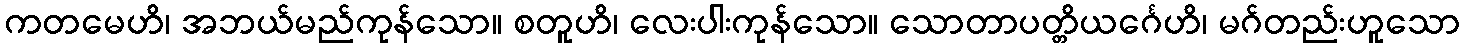
ကတမေဟိ၊ အဘယ်မည်ကုန်သော။ စတူဟိ၊ လေးပါးကုန်သော။ သောတာပတ္တိယင်္ဂေဟိ၊ မဂ်တည်းဟူသော